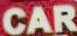
CAR